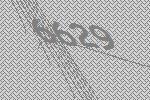
6629